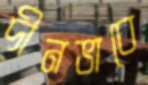
দীনভাবে